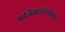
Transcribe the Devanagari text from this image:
प्रतिरक्षाऊतकरसायन